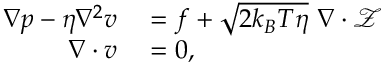
\begin{array} { r l } { \nabla p - \eta \nabla ^ { 2 } \boldsymbol { v } } & { { } = \boldsymbol { f } + \sqrt { 2 k _ { B } T \eta } ~ \nabla \cdot \mathcal { Z } } \\ { \nabla \cdot \boldsymbol { v } } & { { } = 0 , } \end{array}